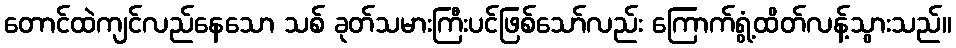
တောင်ထဲကျင်လည်နေသော သစ် ခုတ်သမားကြီးပင်ဖြစ်သော်လည်း ကြောက်ရွံ့ထိတ်လန့်သွားသည်။